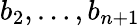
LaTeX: b_{2},\ldots,b_{n+1}